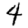
Digit: 4